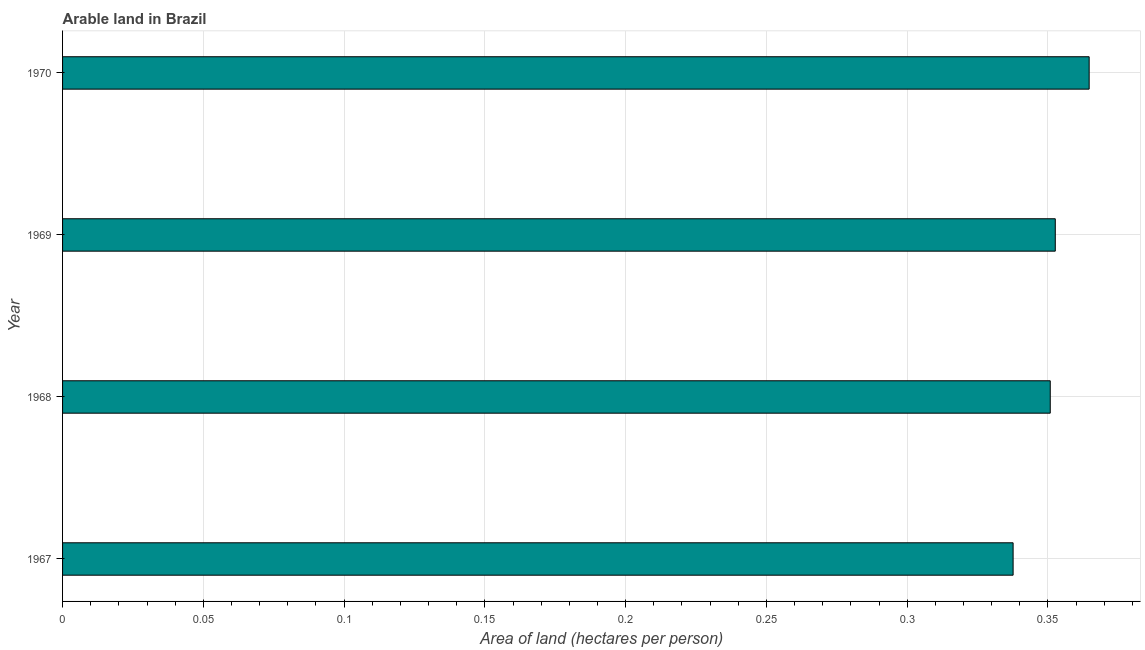
| Year | Arable land |
 | --- | --- |
 | 1967 | 0.338 |
 | 1968 | 0.351 |
 | 1969 | 0.353 |
 | 1970 | 0.365 |